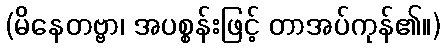
(မိနေတဗ္ဗာ၊ အပစ္စန်းဖြင့် တာအပ်ကုန်၏။)